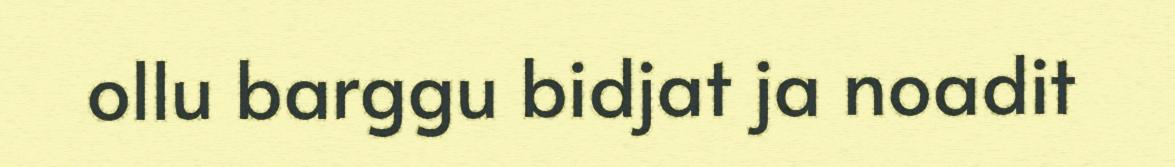
ollu barggu bidjat ja noadit